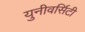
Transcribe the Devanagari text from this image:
युनीवर्सिटी